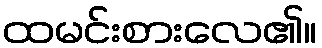
ထမင်းစားလေ၏။